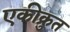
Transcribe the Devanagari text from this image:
एकीक्रुत